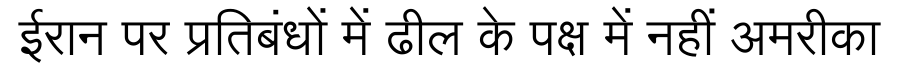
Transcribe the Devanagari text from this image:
ईरान पर प्रतिबंधों में ढील के पक्ष में नहीं अमरीका